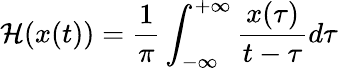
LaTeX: \mathcal{H}(x(t))=\frac{1}{\pi}\int_{-\infty}^{+\infty}\frac{x(\tau)}{t-\tau}d\tau